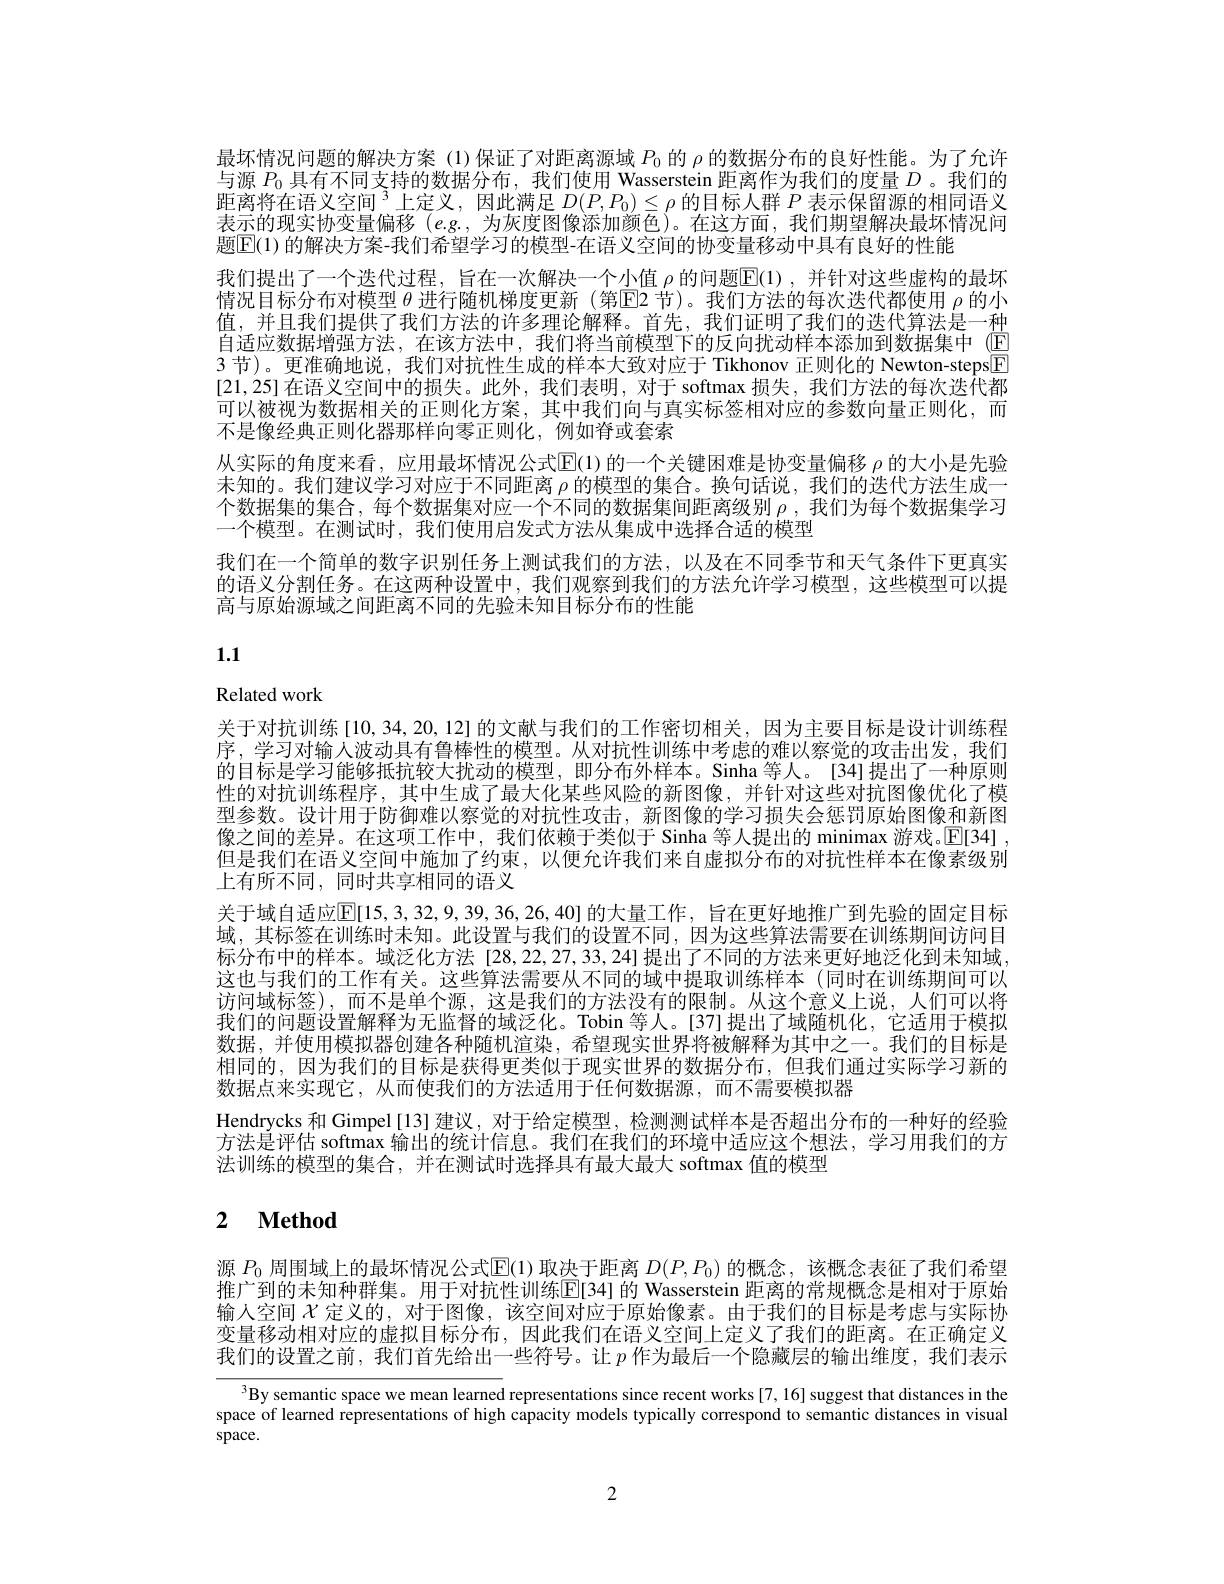
最坏情况问题的解决方案 (1)保证了对距离源域$P_{0}$的$\rho$的数据分布的良好性能。为了允许与源$P_{0}$具有不同支持的数据分布，我们使用 Wasserstein 距离作为我们的度量$D$ 。我们的距离将在语义空间$^3$上定义，因此满足 $D(P,P_0)\leq\rho$ 的目标人群 $P$ 表示保留源的相同语义表示的现实协变量偏移(e.g.,为灰度图像添加颜色)。在这方面，我们期望解决最坏情况问题E(1) 的解决方案-我们希望学习的模型-在语义空间的协变量移动中具有良好的性能
我们提出了一个迭代过程，旨在一次解决一个小值$\rho$的问题$\mathbb{E}(1)$,并针对这些虚构的最坏情况目标分布对模型$\theta$进行随机梯度更新 (第☑2 节)。我们方法的每次迭代都使用$\rho$的小值，并且我们提供了我们方法的许多理论解释。首先，我们证明了我们的迭代算法是一种自适应数据增强方法，在该方法中，我们将当前模型下的反向扰动样本添加到数据集中(回3 节)。更准确地说，我们对抗性生成的样本大致对应于 Tikhonov 正则化的 Newton-steps[E] [21,25]在语义空间中的损失。此外，我们表明，对于 softmax 损失，我们方法的每次迭代都可以被视为数据相关的正则化方案，其中我们向与真实标签相对应的参数向量正则化，而不是像经典正则化器那样向零正则化，例如脊或套索
从实际的角度来看，应用最坏情况公式$\mathbb{E}(1)$的一个关键困难是协变量偏移$\rho$的大小是先验未知的。我们建议学习对应于不同距离$\rho$的模型的集合。换句话说，我们的迭代方法生成一个数据集的集合，每个数据集对应一个不同的数据集间距离级别$\rho$,我们为每个数据集学习一个模型。在测试时，我们使用启发式方法从集成中选择合适的模型
我们在一个简单的数字识别任务上测试我们的方法，以及在不同季节和天气条件下更真实的语义分割任务。在这两种设置中，我们观察到我们的方法允许学习模型，这些模型可以提高与原始源域之间距离不同的先验未知目标分布的性能

1.1

# Related work

关于对抗训练 [10,34,20,12] 的文献与我们的工作密切相关，因为主要目标是设计训练程序，学习对输人波动具有鲁棒性的模型。从对抗性训练中考虑的难以察觉的攻击出发，我们的目标是学习能够抵抗较大扰动的模型，即分布外样本。Sinha 等人。[34]提出了一种原则性的对抗训练程序，其中生成了最大化某些风险的新图像，并针对这些对抗图像优化了模型参数。设计用于防御难以察觉的对抗性攻击，新图像的学习损失会惩罚原始图像和新图像之间的差异。在这项工作中，我们依赖于类似于 Sinha 等人提出的 minimax 游戏。$\mathbb{E}[34]$ 但是我们在语义空间中施加了约束，以便允许我们来自虚拟分布的对抗性样本在像素级别上有所不同，同时共享相同的语义
关于域自适应$\mathbb{E}[15,3,32,9,39,36,26,40]$ 的大量工作，旨在更好地推广到先验的固定目标域，其标签在训练时未知。此设置与我们的设置不同，因为这些算法需要在训练期间访问目标分布中的样本。域泛化方法[28,22,27,33,24]提出了不同的方法来更好地泛化到未知域， 这也与我们的工作有关。这些算法需要从不同的域中提取训练样本 (同时在训练期间可以访问域标签),而不是单个源，这是我们的方法没有的限制。从这个意义上说，人们可以将我们的问题设置解释为无监督的域泛化。Tobin 等人。[37]提出了域随机化，它适用于模拟数据，并使用模拟器创建各种随机渲染，希望现实世界将被解释为其中之一。我们的目标是相同的，因为我们的目标是获得更类似于现实世界的数据分布，但我们通过实际学习新的数据点来实现它，从而使我们的方法适用于任何数据源，而不需要模拟器
Hendrycks 和 Gimpel [13] 建议，对于给定模型 , 检测测试样本是否超出分布的一种好的经验方法是评估 softmax 输出的统计信息。我们在我们的环境中适应这个想法，学习用我们的方法训练的模型的集合，并在测试时选择具有最大最大 softmax 值的模型

# 2 $\textbf{Method}$

源$P_{0}$周围域上的最坏情况公式$\mathbb{E}(1)$取决于距离$D(P,P_0)$的概念，该概念表征了我们希望推广到的未知种群集。用于对抗性训练$\overline{\mathbb{E}}$[34] 的 Wasserstein 距离的常规概念是相对于原始输人空间$\mathcal{X}$定义的，对于图像，该空间对应于原始像素。由于我们的目标是考虑与实际协变量移动相对应的虚拟目标分布，因此我们在语义空间上定义了我们的距离。在正确定义我们的设置之前，我们首先给出一些符号。让$p$作为最后一个隐藏层的输出维度，我们表示

$^{3}$By semantic space we mean learned representations since recent works[7,16] suggest that distances in the space of learned representations of high capacity models typically correspond to semantic distances in visual space.

2